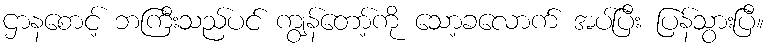
ဌာနစောင့် ဘကြီးသည်ပင် ကျွန်တော့်ကို သော့ခလောက် အပ်ပြီး ပြန်သွားပြီ။